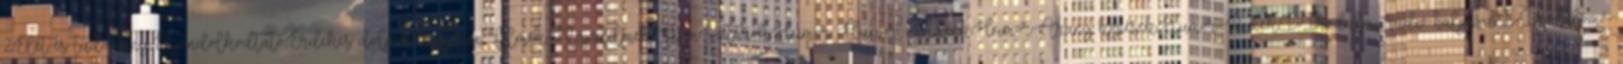
2,Élet és tudomány,Elgondolkodtató,Érdekes dolgok,Ezoteria,Filmek-Rajzfilmek,FilmSztárok,Humor ,Humor -Videók,Humor-Arany köpések,Humor-Viccek,I-Irodalmi rádió-halgasd,I-Irodalom -